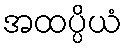
အထပ္ပိယံ